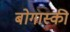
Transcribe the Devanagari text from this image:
बोगास्की